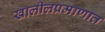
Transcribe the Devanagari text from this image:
खालीलप्रमाणात